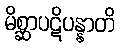
မိစ္ဆာပဋိပန္နာတိ